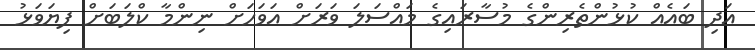
އަދި ބައެއް ކުޅުންތެރިންގެ މުސާރައިގެ މައްސަލަ ވަރަށް އަވަހަށް ނިންމާ ކްލަބަށް ފިޔަވަޅު